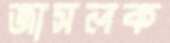
জাসলক